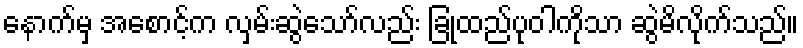
နောက်မှ အစောင့်က လှမ်းဆွဲသော်လည်း ခြုံထည်ပုဝါကိုသာ ဆွဲမိလိုက်သည်။